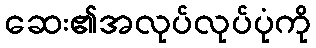
ဆေး၏အလုပ်လုပ်ပုံကို